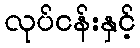
လုပ်ငန်းနှင့်